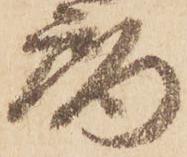
局